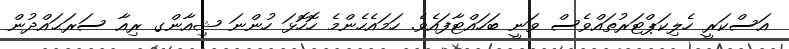
އަސްކަރީ ހެލިކަޕްޓަރުތައްވެސް ވަނީ ބަހައްޓާފައެވެ. ހަމައެހެންމެ ހޮހޮޅަ ހުންނަ ޝިއާންގ ރިއާ ސަރަޙައްދުން